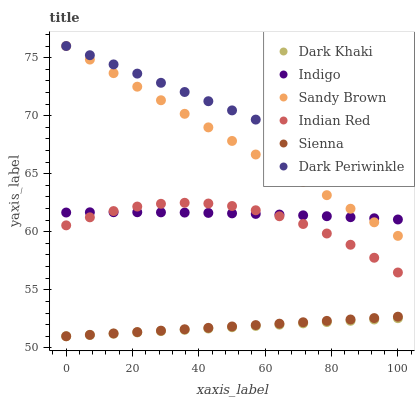
| xaxis_label | Dark Khaki | Indigo | Sandy Brown | Indian Red | Sienna | Dark Periwinkle |
 | --- | --- | --- | --- | --- | --- | --- |
 | 0 | 51 | 61.7 | 76 | 60.6 | 51 | 76 |
 | 7.14 | 51.1 | 61.7 | 74.8 | 61.2 | 51.1 | 75.2 |
 | 14.3 | 51.2 | 61.7 | 73.7 | 61.8 | 51.2 | 74.4 |
 | 21.4 | 51.3 | 61.7 | 72.5 | 62.2 | 51.4 | 73.6 |
 | 28.6 | 51.4 | 61.7 | 71.3 | 62.4 | 51.5 | 72.8 |
 | 35.7 | 51.6 | 61.7 | 70.2 | 62.5 | 51.6 | 72 |
 | 42.9 | 51.7 | 61.6 | 69 | 62.4 | 51.7 | 71.2 |
 | 50 | 51.8 | 61.6 | 67.8 | 62.2 | 51.8 | 70.5 |
 | 57.1 | 51.9 | 61.5 | 66.7 | 61.9 | 52 | 69.7 |
 | 64.3 | 52 | 61.5 | 65.5 | 61.3 | 52.1 | 68.9 |
 | 71.4 | 52.1 | 61.4 | 64.3 | 60.7 | 52.2 | 68.1 |
 | 78.6 | 52.2 | 61.3 | 63.2 | 59.9 | 52.3 | 67.3 |
 | 85.7 | 52.3 | 61.3 | 62 | 58.9 | 52.4 | 66.5 |
 | 92.9 | 52.4 | 61.2 | 60.8 | 57.8 | 52.6 | 65.7 |
 | 100 | 52.6 | 61.1 | 59.6 | 56.5 | 52.7 | 64.9 |